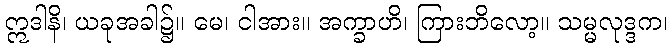
ဣဒါနိ၊ ယခုအခါ၌။ မေ၊ ငါအား။ အက္ခာဟိ၊ ကြားဘိလော့။ သမ္မလုဒ္ဒက၊